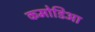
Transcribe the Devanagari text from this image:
कमोडिआ